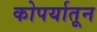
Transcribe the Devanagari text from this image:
कोपर्यातून